Second report of the anti-malarial operations at Mian Mir, 1901-1903 - Number 9
Year: 1901
Disease focus: Malaria
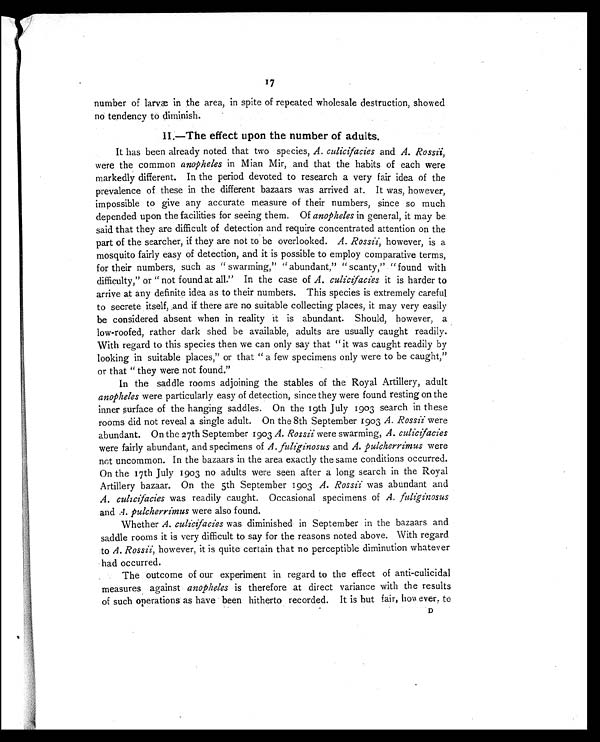
17
number of larvæ in the area, in spite of repeated wholesale destruction, showed
no tendency to diminish.
II.—The effect upon the number of adults.
It has been already noted that two species, A. culicifacies and A. Rossii,
were the common anopheles in Mian Mir, and that the habits of each were
markedly different. In the period devoted to research a very fair idea of the
prevalence of these in the different bazaars was arrived at. It was, however,
impossible to give any accurate measure of their numbers, since so much
depended upon the facilities for seeing them. Of anopheles in general, it may be
said that they are difficult of detection and require concentrated attention on the
part of the searcher, if they are not to be overlooked. A. Rossii, however, is a
mosquito fairly easy of detection, and it is possible to employ comparative terms,
for their numbers, such as " swarming," " abundant," "scanty," " found with
difficulty," or " not found at all." In the case of A. culicifacies it is harder to
arrive at any definite idea as to their numbers. This species is extremely careful
to secrete itself, and if there are no suitable collecting places, it may very easily
be considered absent when in reality it is abundant. Should, however, a
low-roofed, rather dark shed be available, adults are usually caught readily.
With regard to this species then we can only say that "it was caught readily by
looking in suitable places," or that " a few specimens only were to be caught,"
or that " they were not found."
In the saddle rooms adjoining the stables of the Royal Artillery, adult
anopheles were particularly easy of detection, since they were found resting on the
inner surface of the hanging saddles. On the 19th July 1903 search in these
rooms did not reveal a single adult. On the 8th September 1903 A. Rossii were
abundant. On the 27th September 1903 A. Rossii were swarming, A. culicifacies
were fairly abundant, and specimens of A. fuliginosus and A. pulcherrimus were
not uncommon. In the bazaars in the area exactly the same conditions occurred.
On the 17th July 1903 no adults were seen after a long search in the Royal
Artillery bazaar. On the 5th September 1903 A. Rossii was abundant and
A. culicifacies was readily caught. Occasional specimens of A. fuliginosus
and A. pulcherrimus were also found.
Whether A. culicifacies was diminished in September in the bazaars and
saddle rooms it is very difficult to say for the reasons noted above. With regard
to A. Rossii, however, it is quite certain that no perceptible diminution whatever
had occurred.
The outcome of our experiment in regard to the effect of anti-culicidal
measures against anopheles is therefore at direct variance with the results
of such operations as have been hitherto recorded. It is hut fair, however, to
D